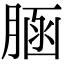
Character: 𦜆